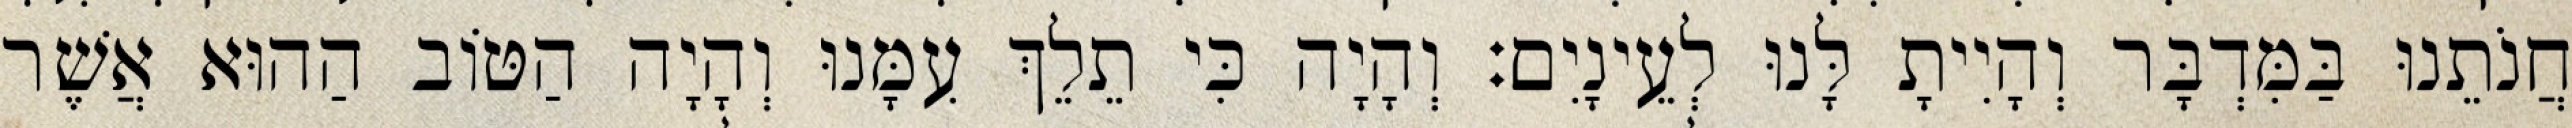
חֲנֹתֵנוּ בַּמִּדְבָּר וְהָיִיתָ לָּנוּ לְעֵינָיִם׃ וְהָיָה כִּי תֵלֵךְ עִמָּנוּ וְהָיָה הַטּוֹב הַהוּא אֲשֶׁר